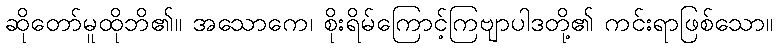
ဆိုတော်မူထိုဘိ၏။ အသောကေ၊ စိုးရိမ်ကြောင့်ကြဗျာပါဒတို့၏ ကင်းရာဖြစ်သော။